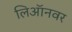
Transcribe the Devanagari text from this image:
लिऑनवर